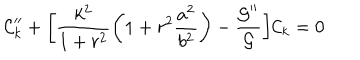
LaTeX: { \cal C } _ { k } ^ { \prime \prime } + \biggl [ \frac { k ^ { 2 } } { 1 + r ^ { 2 } } \biggl ( 1 + r ^ { 2 } \frac { a ^ { 2 } } { b ^ { 2 } } \biggr ) - \frac { { \cal G } ^ { \prime \prime } } { { \cal G } } \biggr ] { \cal C } _ { k } = 0